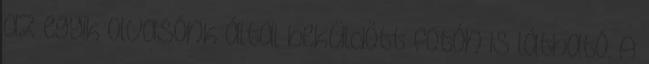
az egyik olvasónk által beküldött fotón is látható. A